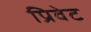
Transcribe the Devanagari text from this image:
प्रिवेट